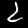
Digit: 2